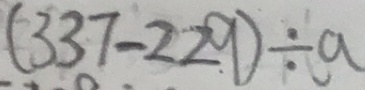
( 3 3 7 - 2 2 9 ) \div a